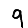
Digit: 9